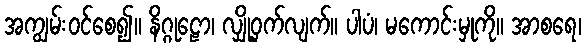
အကျွမ်းဝင်စေ၍။ နိဂ္ဂုဠော၊ လျှို့ဝှက်လျက်။ ပါပံ၊ မကောင်းမှုကို။ အာစရေ၊